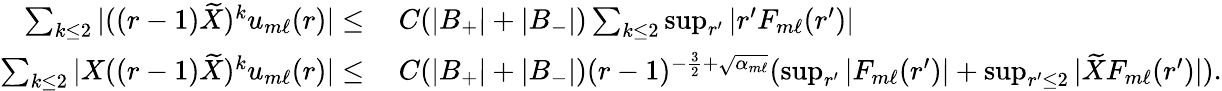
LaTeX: \begin{array}{rl}{\sum_{k\leq 2}|((r-1)\widetilde{X})^{k}u_{m\ell}(r)|\leq}&{\: C(|B_{+}|+|B_{-}|)\sum_{k\leq 2}\operatorname*{sup}_{r^{\prime}}|r^{\prime}F_{m\ell}(r^{\prime})|}\\ {\sum_{k\leq 2}|X((r-1)\widetilde{X})^{k}u_{m\ell}(r)|\leq}&{\: C(|B_{+}|+|B_{-}|)(r-1)^{-\frac{3}{2}+\sqrt{\alpha_{m\ell}}}(\operatorname*{sup}_{r^{\prime}}|F_{m\ell}(r^{\prime})|+\operatorname*{sup}_{r^{\prime}\leq 2}|\widetilde{X}F_{m\ell}(r^{\prime})|).}\end{array}